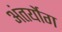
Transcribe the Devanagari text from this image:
अंतर्योग